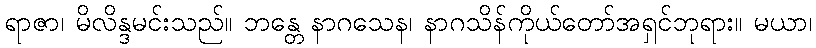
ရာဇာ၊ မိလိန္ဒမင်းသည်။ ဘန္တေ နာဂသေန၊ နာဂသိန်ကိုယ်တော်အရှင်ဘုရား။ မယာ၊